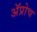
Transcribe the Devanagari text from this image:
अॅप्रोच